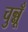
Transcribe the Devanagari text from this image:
चुन्नूँ